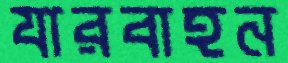
যারবাহন